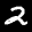
Label: 2